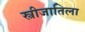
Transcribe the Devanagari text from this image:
स्त्रीजातिला